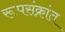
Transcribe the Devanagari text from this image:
रूपसंक्रांत